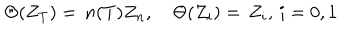
\Theta ( Z _ { T } ) = \, n ( T ) Z _ { n } , \quad \Theta ( Z _ { i } ) = \, Z _ { i } , \, i = 0 , 1